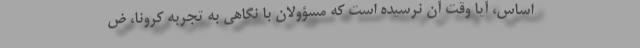
اساس، آیا وقت آن نرسیده است که مسؤولان با نگاهی به تجربه کرونا، ض